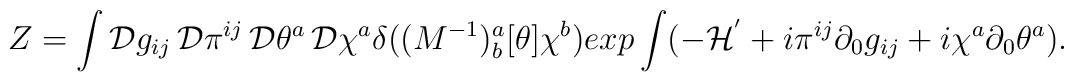
Z=\int{\cal D}g_{ij}\,{\cal D}\pi^{ij}\,{\cal D}\theta^a\,{\cal D}\chi^a\delta((M^{-1})^a_b[\theta]\chi^b) exp\int(-{\cal H}^{'}+i\pi^{ij}\partial_0g_{ij}+i\chi^a\partial_0\theta^a).